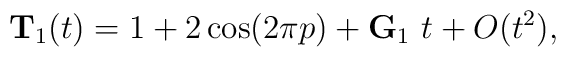
{\bf T}_1(t)=1+2\cos(2\pi p)+{\bf G}_1\  t+ O(t^2),